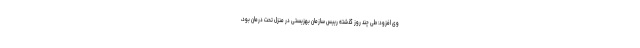
وی افزود: طی چند روز گذشته رییس سازمان بهزیستی در منزل تحت درمان بود،